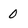
Character: 0